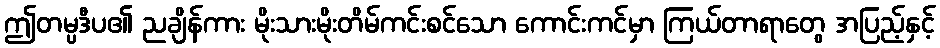
ဤတမ္ပဒီပ၏ ညချိန်ကား မိုးသားမိုးတိမ်ကင်းစင်သော ကောင်းကင်မှာ ကြယ်တာရာတွေ အပြည့်နှင့်